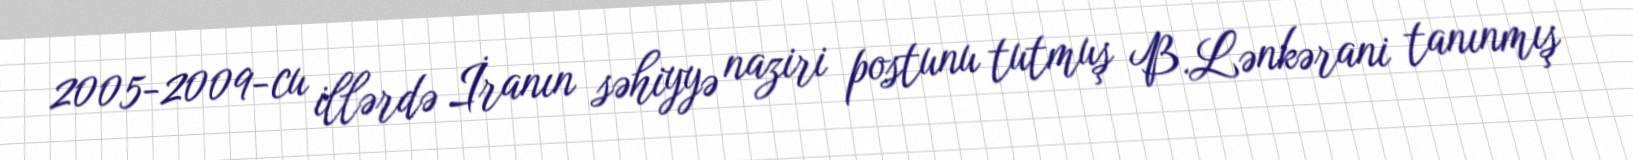
2005-2009-cu illərdə İranın səhiyyə naziri postunu tutmuş B.Lənkərani tanınmış